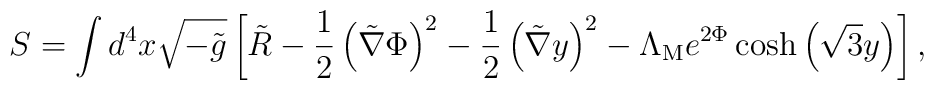
S = \int d^4 x \sqrt{-\tilde{g}} \left[ \tilde{R} -\frac{1}{2} \left( \tilde{\nabla} \Phi \right)^2 -\frac{1}{2} \left( \tilde{\nabla} y \right)^2 -\Lambda_{\rm M}e^{2\Phi} \cosh \left( \sqrt{3} y \right) \right]  ,